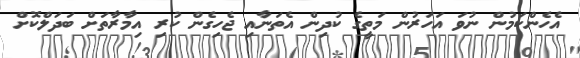
އެހެންކަމުން ނުވަ އަހަރުން މަތީގެ ކުދިން އެތަނާއި ޖެހިގެން ކުރި އިމާރާތަށް ބަދަލްކޮށް